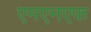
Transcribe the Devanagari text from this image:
एमएनएफ